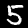
Digit: 5